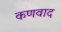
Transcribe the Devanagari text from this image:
कणवाद